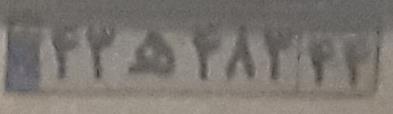
۴۳ه۴۸۳۴۴